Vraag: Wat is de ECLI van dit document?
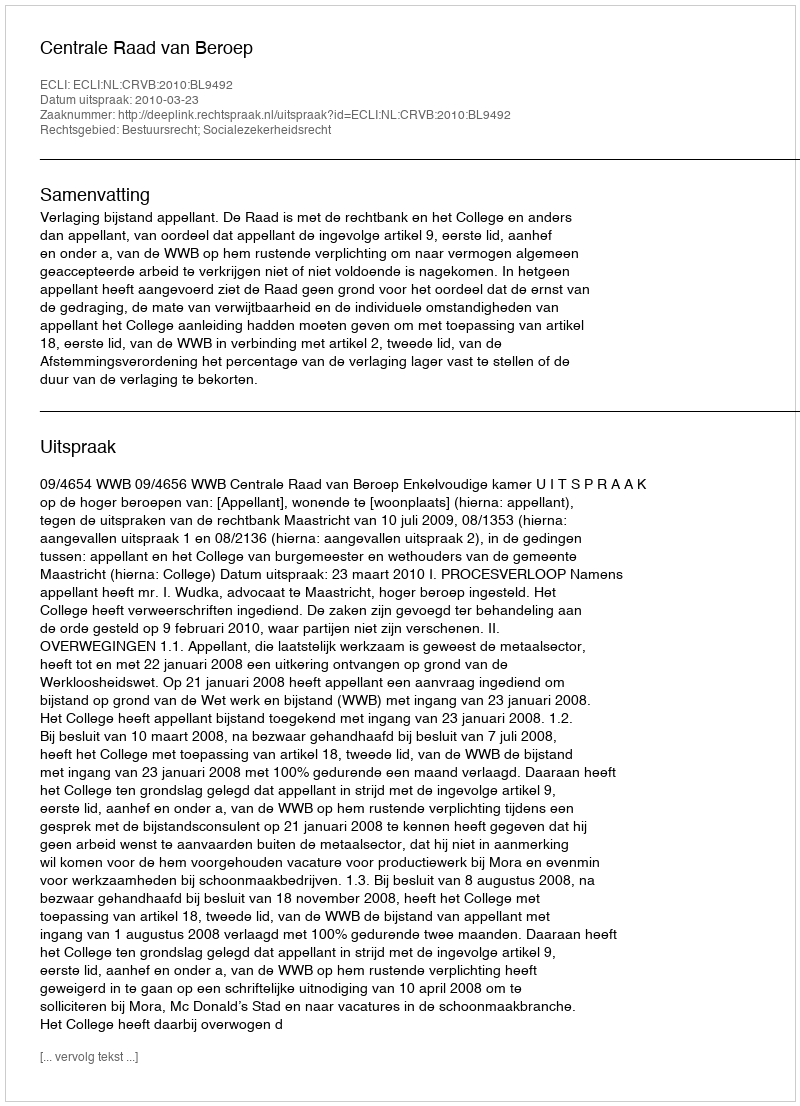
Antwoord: ECLI:NL:CRVB:2010:BL9492